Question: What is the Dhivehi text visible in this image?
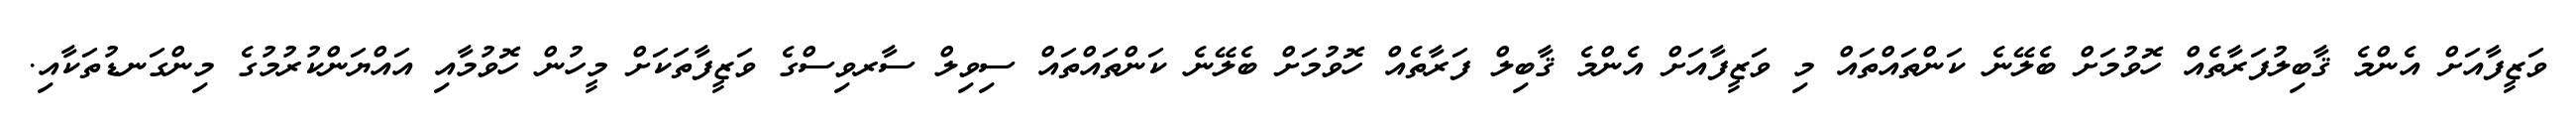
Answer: ވަޒީފާއަށް އެންމެ ޤާބިލުފަރާތެއް ހޮވުމަށް ބެލޭނެ ކަންތައްތައް މި ވަޒީފާއަށް އެންމެ ޤާބިލް ފަރާތެއް ހޮވުމަށް ބެލޭނެ ކަންތައްތައް ސިވިލް ސާރވިސްގެ ވަޒީފާތަކަށް މީހުން ހޮވުމާއި އައްޔަންކުރުމުގެ މިންގަނޑުތަކާއި.